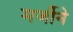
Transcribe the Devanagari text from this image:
मर्जीने